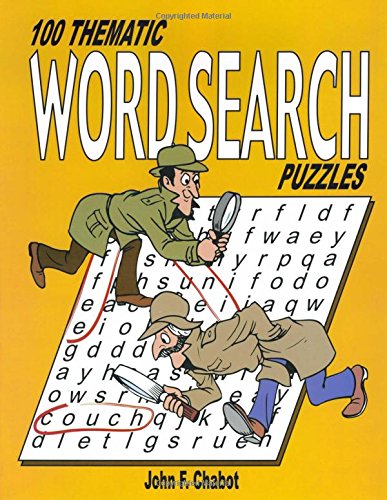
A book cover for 100 Thematic Word Search Puzzles; John Chabot; Humor & Entertainment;